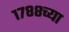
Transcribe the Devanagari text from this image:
१७८८च्या